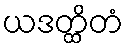
ယဒတ္ထိတံ